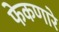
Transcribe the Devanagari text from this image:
फेकणारे